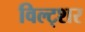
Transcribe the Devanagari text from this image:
विल्ट्शर